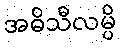
အဓိသီလမ္ပိ